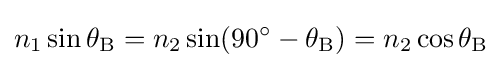
n_{1}\sin \theta _{\mathrm {B} }=n_{2}\sin(90^{\circ }-\theta _{\mathrm {B} })=n_{2}\cos \theta _{\mathrm {B} }